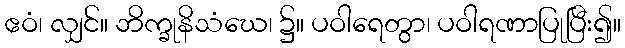
ဧဝံ၊ လျှင်။ ဘိက္ခုနိသံဃေ၊ ၌။ ပဝါရေတွာ၊ ပဝါရဏာပြုပြီး၍။